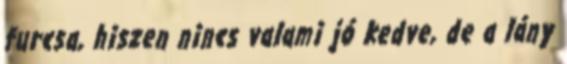
furcsa, hiszen nincs valami jó kedve, de a lány